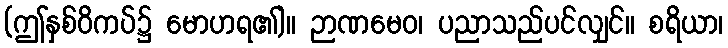
(ဤနှစ်ဝိကပ်၌ မောဟရ၏)။ ဉာဏမေဝ၊ ပညာသည်ပင်လျှင်။ စရိယာ၊